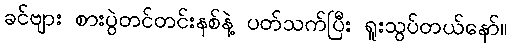
ခင်ဗျား စားပွဲတင်တင်းနစ်နဲ့ ပတ်သက်ပြီး ရူးသွပ်တယ်နော်။